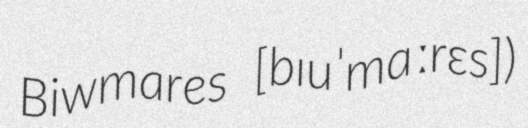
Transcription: Biwmares [bɪuˈmɑːrɛs])